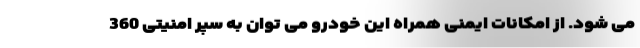
می شود. از امکانات ایمنی همراه این خودرو می توان به سپر امنیتی 360